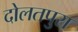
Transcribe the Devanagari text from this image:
दोलतपुरा